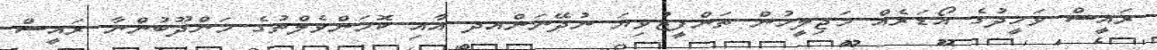
ރައީސް ވަހީދުގެ އޯޑަރެއް މަޖިލީހުން ތަންފީޒުވިޔަ ނުދޭނަންއދ އާއި ކޮމަންވެލްތުގެ މަންދޫބުންނާ ރައީސް